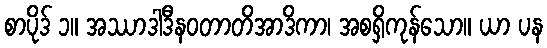
စာပိုဒ် ၁။ အဿာဒါဒီနဝတာတိအာဒိကာ၊ အစရှိကုန်သော။ ယာ ပန